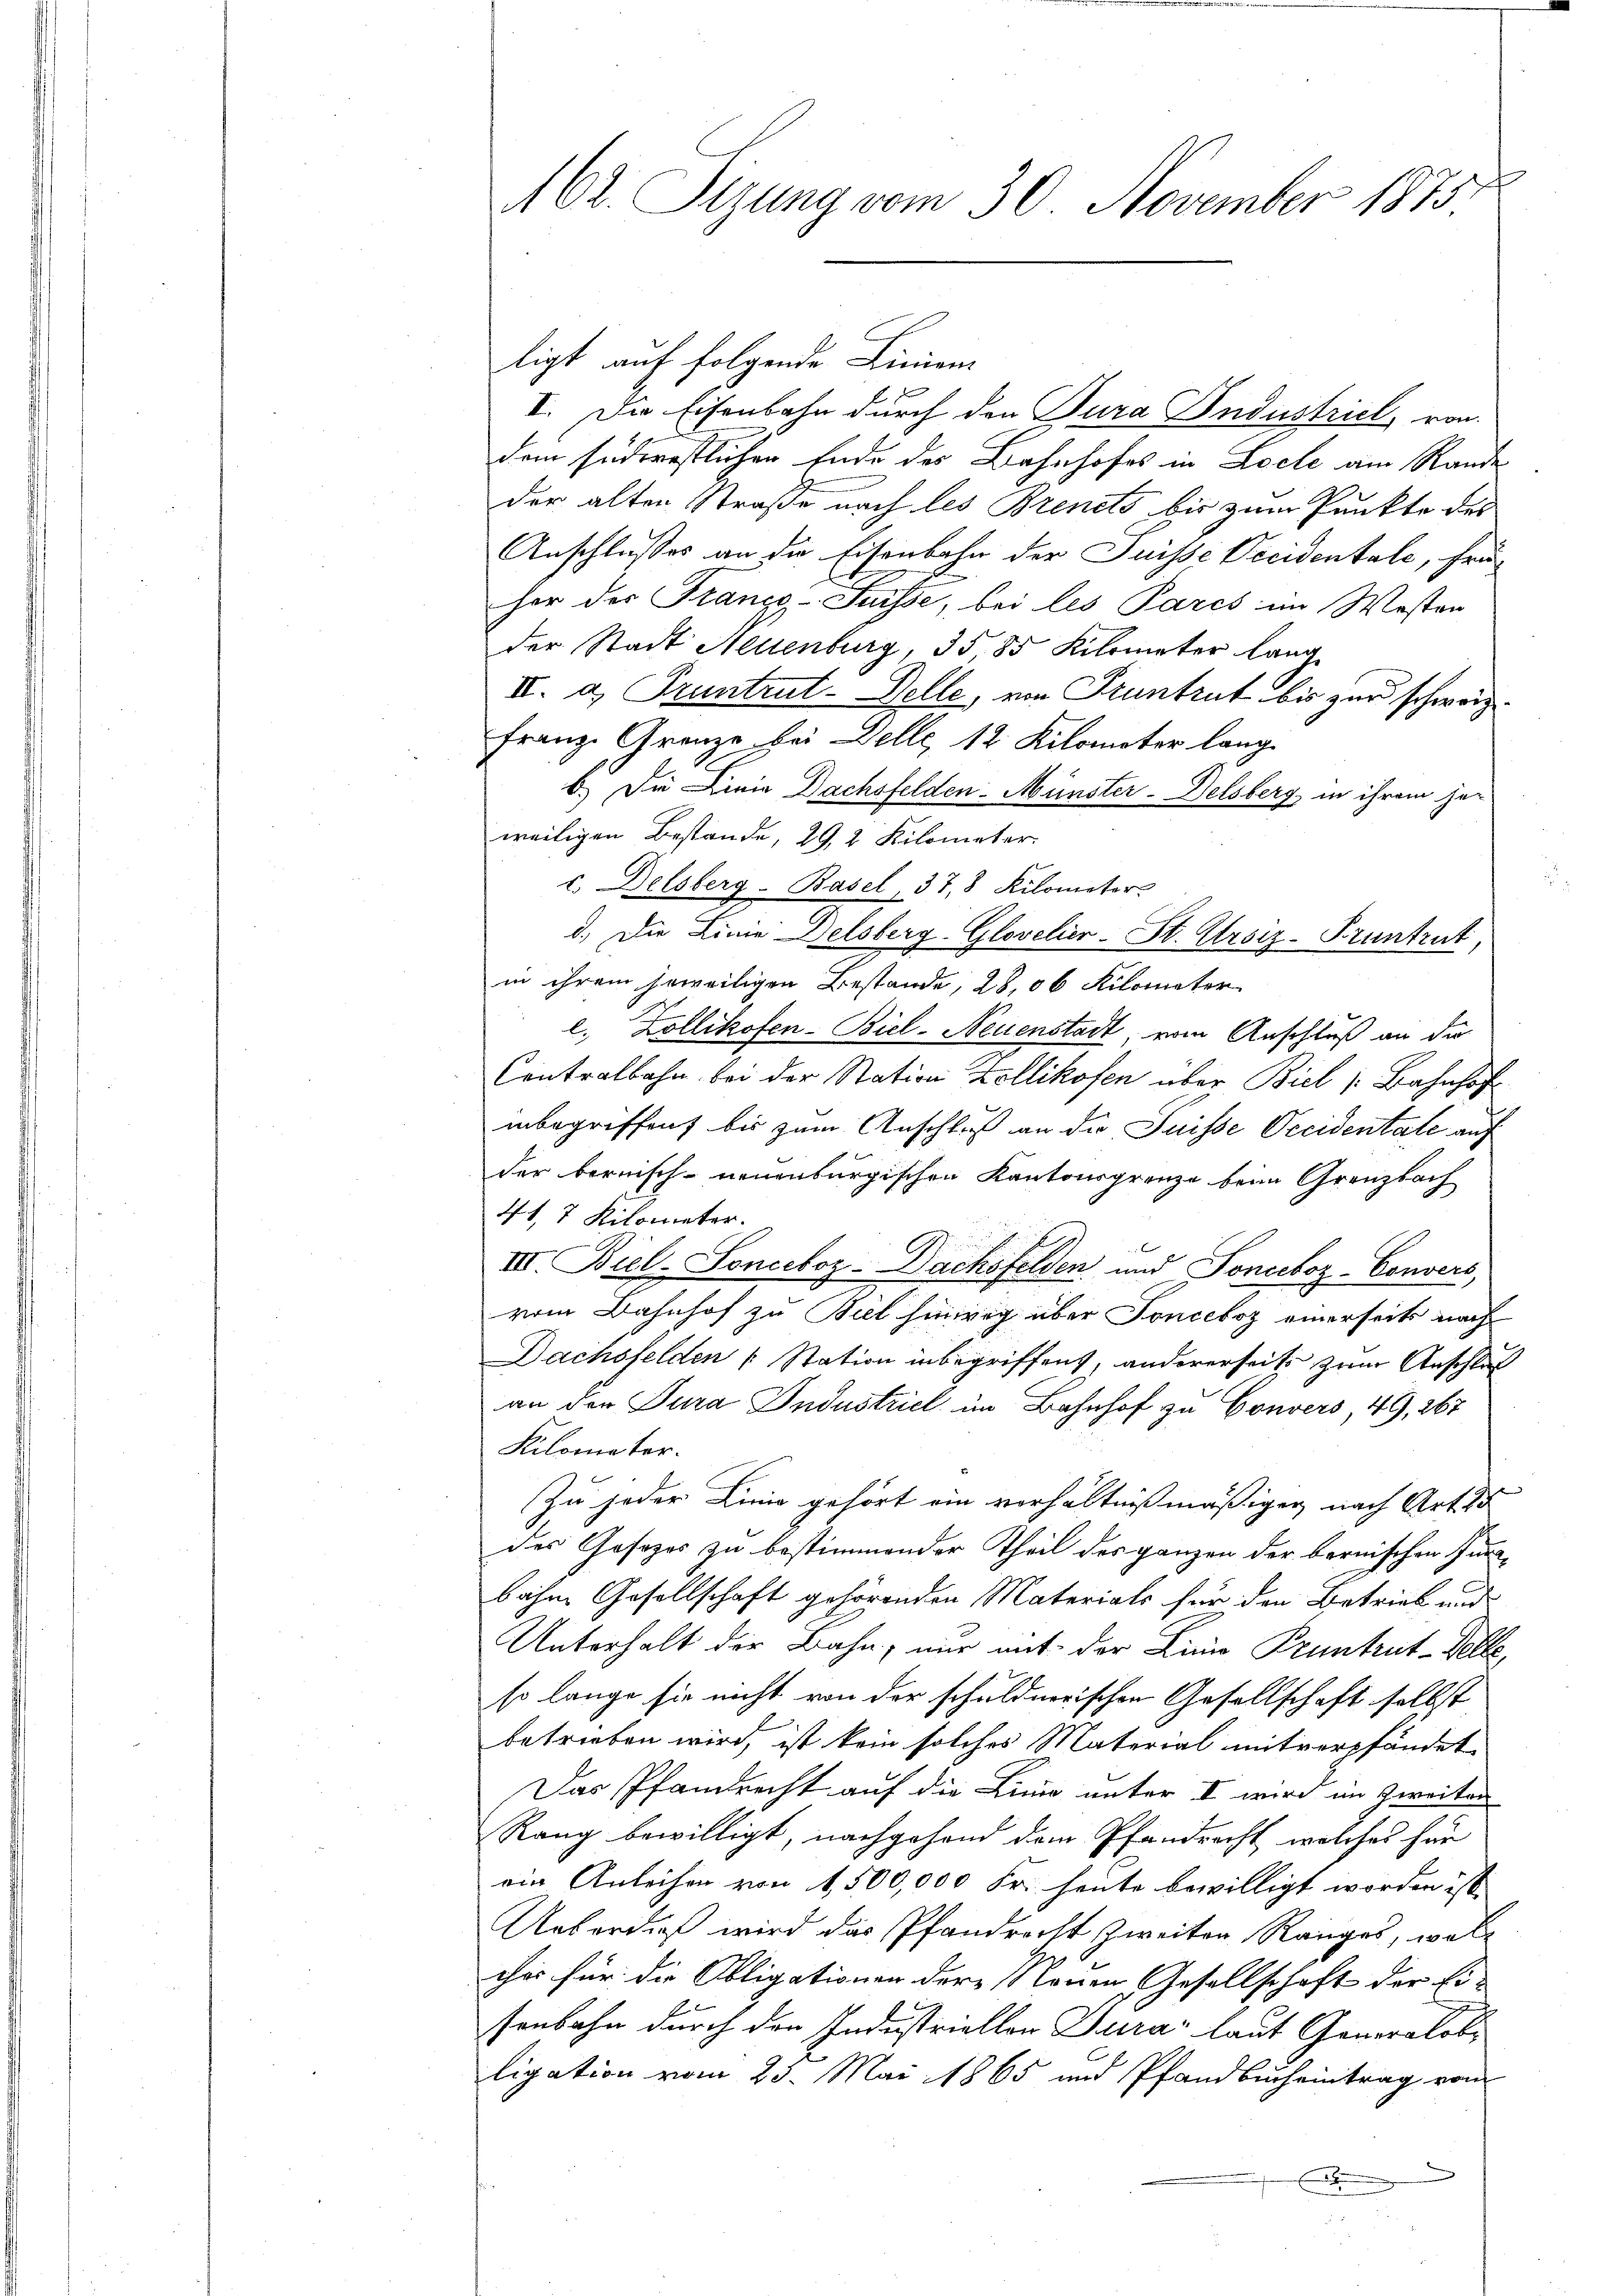
62. Sizung vom 30. November 1875.

ligt auf folgende Linien.
V. Die Eisenbahn durch den Jura Industriel, von
dem südernstlichen Ende der Bahnhofes in Loele am Rande
der alten Straße nach les Brenes bis zum Punkte des
Anschlusses an die Eisenbahn der Suisse Occidentale, früher der Franzg-Suisse, bei les Pares im Wester
der Stadt Neuenburg, 3585 Kilometer lang
IV. a. Pruntrut-Delle, von Szuntrut bis zur schweiz.
Franz Grenze bei Delle, 12 Kilometer lange
6.) Die Linie Dachsfelden-Münster-Delsberg, in ihrem je-
weiligen Bestande, 29, 2 Kilometer
c. Delsberg-Basel, 37, 8 Kilometer.
d.) Die Linie Delsberg-Glovelier-St. Ursiz-Pruntrut
in ihrem jeweiligen Bestände, 28,06 Kilometer
l. Zollikofen- Biel-Neuenstadt, vom Anschluß an die
Centralbahn bei der Station Zollikofen über Biel /: Bahnhof
inbegriffen bis zum Anschluß an die Suisse Occidentate auf
der bernisch- neuenburgischen Kantonsgrenze beim Grenzbach
41. 7 Kilometer.
III. Biel-Sonceboz-Dachsfelden und Sonceboz-Convers,
vom Bahnhof zu Biel hinwig über Fonceboz einerseits nach
Dachsfelden u Station inbegriffens, andererseit zum Anschluß
an der Jura Industriel im Bahnhof zu Convers, 49, 267
Kilometer.
Zu jeder Linie gehört ein verhältnißmäßigen nach Art. 25
des Gesezes zu bestimmender Theil des ganzen der bernischen Innebahne Gesellschaft gehörenden Materials für den Betrieb und
Unterhalt der Bahn, nur mit der Linio Pruntrut-Felle,
so lange sie nicht von der schuldnerischen Gesellschaft selbst
betrieben wird, ist kein solches Material mitverpfändet,
Das Pfandrecht auf die Linie unter I wird im Zweiten
Rang bewilligt, nachgehend dem Pfandrecht, welches für
ein Anleihen von 1,500,000 Fr. heute bewilligt worden ist.
Ueberdieß wird das Pfandrecht zweiten Ranges, wol-
cher für die Obligationen der Nouen, Gesellschaft der Ei-
senbahn durch den Industriellen Jura laut Generalobe
ligation vom 25. Mai 1865 und Pfandbucheintrag vom
i